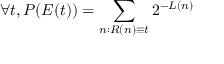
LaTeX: \forall t , P ( E ( t ) ) = \sum _ { n : R ( n ) \equiv t } 2 ^ { - L ( n ) }